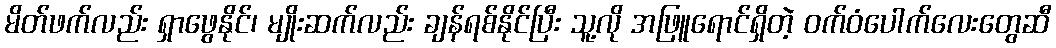
မိတ်ဖက်လည်း ရှာဖွေနိုင်၊ မျိုးဆက်လည်း ချန်ရစ်နိုင်ပြီး သူ့လို အဖြူရောင်ရှိတဲ့ ဝက်ဝံပေါက်လေးတွေဆီ